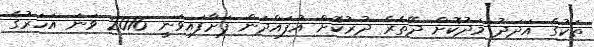
ތަކުގެ އަދަދު މަދުކޮށް ދޭތެރެ ދުރުކޮށް އުފައްދަން ފަށާފައިވަނީ 2016 ވަނަ އަހަރުގެ